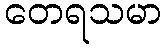
တေရသမာ